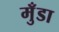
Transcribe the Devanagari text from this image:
मुँडा